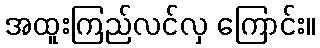
အထူးကြည်လင်လှ ကြောင်း။